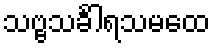
သဗ္ဗသင်္ခါရသမထေ